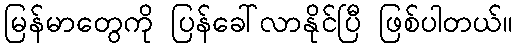
မြန်မာတွေကို ပြန်ခေါ်လာနိုင်ပြီ ဖြစ်ပါတယ်။